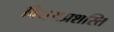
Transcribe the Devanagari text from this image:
विजयप्रशस्ति